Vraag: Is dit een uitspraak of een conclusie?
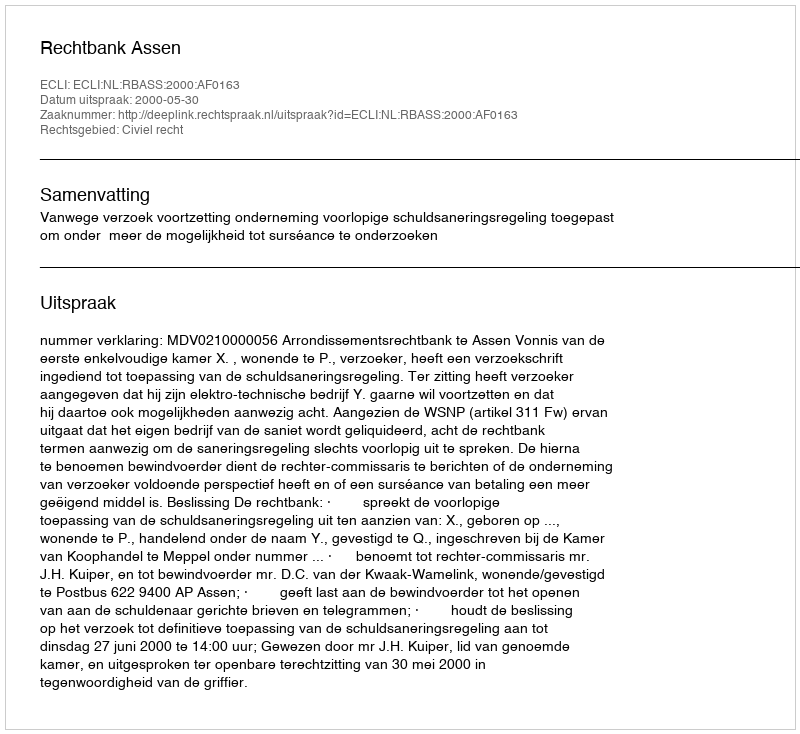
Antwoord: Uitspraak